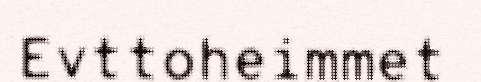
Evttoheimmet